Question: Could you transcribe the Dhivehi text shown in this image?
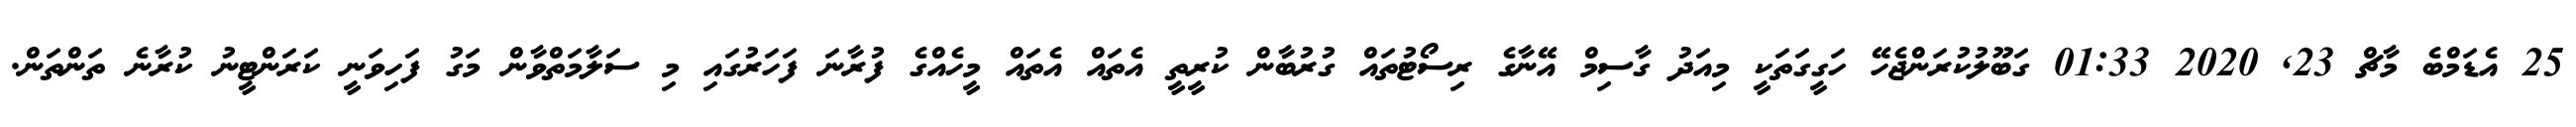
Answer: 25 އެޑަމްބެ މާޗް 23, 2020 01:33 ގަބޫލުކުރަންޖެހޭ ހަގީގަތަކީ މިއަދު ގާސިމް އޭނާގެ ރިސޯޓުތައް ގުރުބާން ކުރީތީ އެތައް އެތައް މީހެއްގެ ފުރާނަ ފަހަރުގައި މި ސަލާމަތްވާން މަގު ފަހިވަނީ ކަރަންޓީނު ކުރާނެ ތަންތަން.